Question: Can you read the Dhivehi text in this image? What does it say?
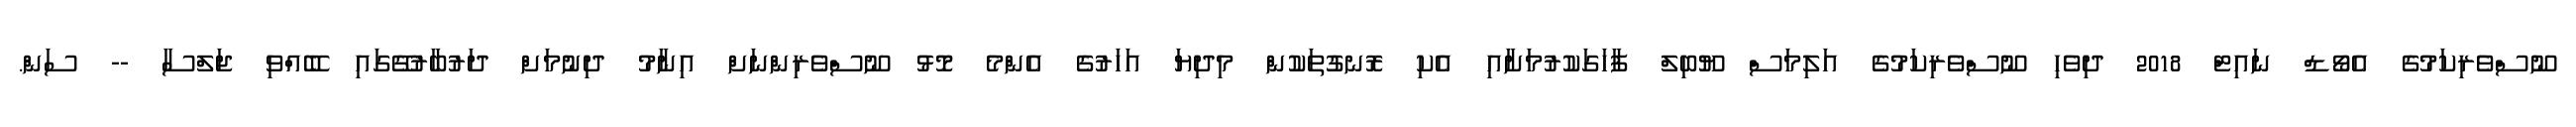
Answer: ނޫސްވެރިކަމުގެ އެވޯޑް ނައިޓް 2018 ދިވެހި ނޫސްވެރިކަމުގެ އަލިމަސް ޔޫބިލް ފާހަގަކުރުމަށާއި އެކި ރޮނގުތަކުން މިދިޔަ އަހަރުގެ އެންމެ މޮޅު ނޫސްވެރިންނަށް އިނާމު ދިނުމަށް ދަރުބާރުގޭގައި ބޭއްވި ޖަލްސާ -- ސަން.